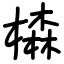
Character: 𣛧